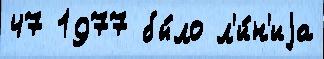
47 1977 бы́ло л'и́н'иjа